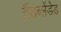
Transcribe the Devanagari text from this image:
हैंडब्लेंडेड